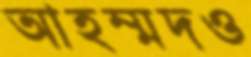
আহম্মদও